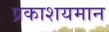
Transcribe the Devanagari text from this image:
प्रकाशयमान